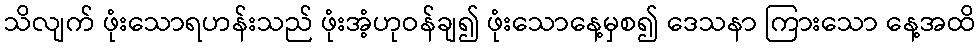
သိလျက် ဖုံးသောရဟန်းသည် ဖုံးအံ့ဟုဝန်ချ၍ ဖုံးသောနေ့မှစ၍ ဒေသနာ ကြားသော နေ့အထိ